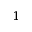
_ { 1 }